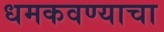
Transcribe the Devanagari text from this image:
धमकवण्याचा